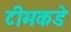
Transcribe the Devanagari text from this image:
टीमकडे